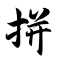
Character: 拼